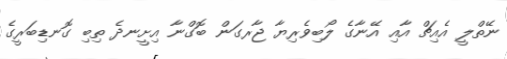
ނޭތްލީ އެއިޗް އާއި އޭނާގެ ލޯބިވެރިޔާ ޖާރގަން ބޮގްނާ އިށީނދެ ތިބި ގޮނޑިބަރީގެ